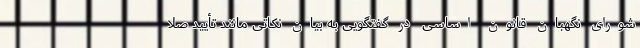
شورای نگهبان قانون اساسی در گفتگویی به بیان نکاتی مانند تأیید صلا